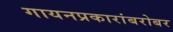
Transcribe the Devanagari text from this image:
गायनप्रकारांबरोबर